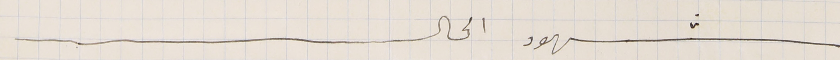
شهود الحال